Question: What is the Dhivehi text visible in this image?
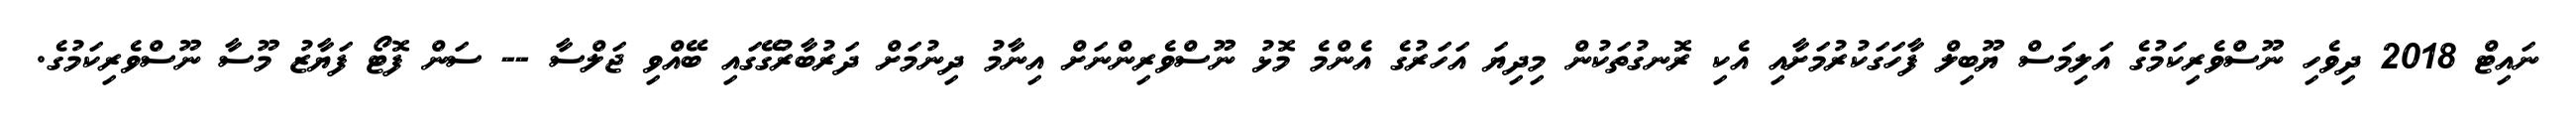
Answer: ނައިޓް 2018 ދިވެހި ނޫސްވެރިކަމުގެ އަލިމަސް ޔޫބިލް ފާހަގަކުރުމަށާއި އެކި ރޮނގުތަކުން މިދިޔަ އަހަރުގެ އެންމެ މޮޅު ނޫސްވެރިންނަށް އިނާމު ދިނުމަށް ދަރުބާރުގޭގައި ބޭއްވި ޖަލްސާ -- ސަން ފޮޓޯ ފަޔާޒު މޫސާ ނޫސްވެރިކަމުގެ.